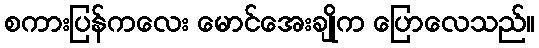
စကားပြန်ကလေး မောင်အေးချိုက ပြောလေသည်။